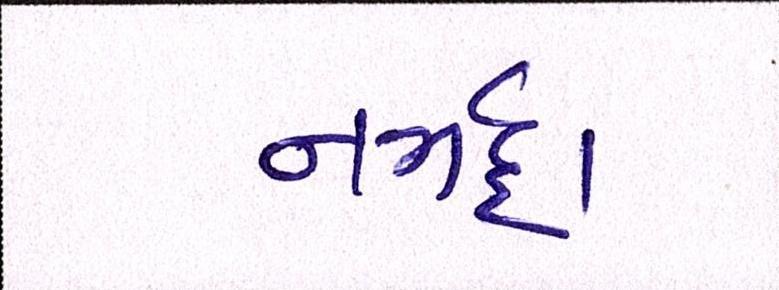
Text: નર્મદા